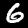
Digit: 6